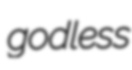
godless